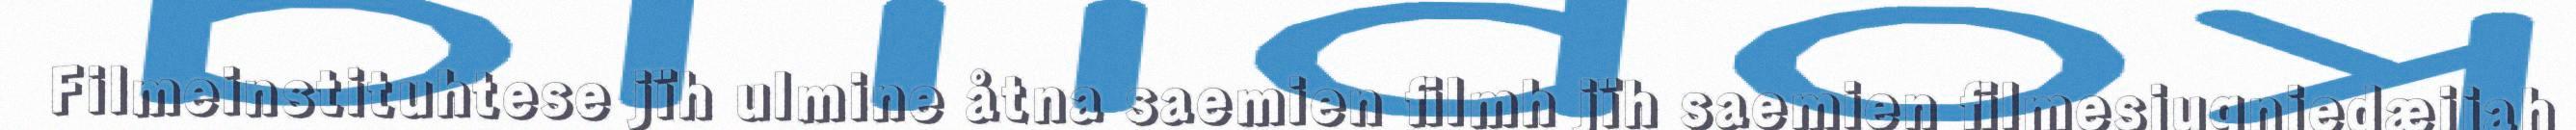
Filmeinstituhtese jïh ulmine åtna saemien filmh jïh saemien filmesjugniedæjjah